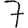
Digit: 7